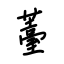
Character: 薹